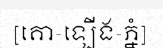
[គោ-ឡើង-ភ្នំ]